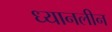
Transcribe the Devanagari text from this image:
ध्यानलीन